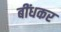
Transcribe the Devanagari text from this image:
बींधकर